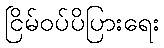
ငြိမ်ဝပ်ပိပြားရေး